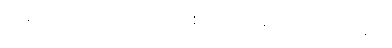
အပူက သိပ်သည်းကျစ်လစ်သည်၊ ပို၍ ပြင်းထန်သည်။